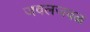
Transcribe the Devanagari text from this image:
जवलजवळ